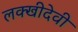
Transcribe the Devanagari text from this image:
लक्खीदेवी